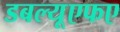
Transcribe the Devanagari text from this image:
डबल्यूएफए